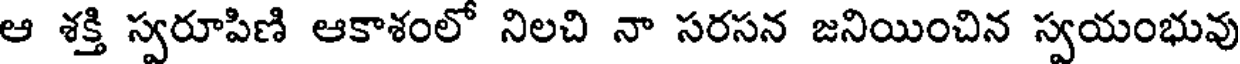
ఆ శక్తి స్వరూపిణి ఆకాశంలో నిలచి నా సరసన జనియించిన స్వయంభువు